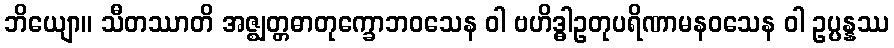
ဘိယျော။ သီတဿာတိ အဇ္ဈတ္တဓာတုက္ခောဘဝသေန ဝါ ဗဟိဒ္ဓါဥတုပရိဏာမနဝသေန ဝါ ဥပ္ပန္နဿ